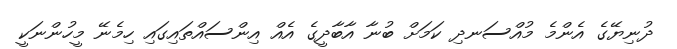
ދުނިޔޭގެ އެންމެ މުއްސަނދި ކަމަށް ބުނާ އާބާދީގެ އެއް އިންސައްތައިގައި ހިމެނޭ މީހުންނަކީ